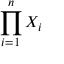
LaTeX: \prod _ { i = 1 } ^ { n } X _ { i }